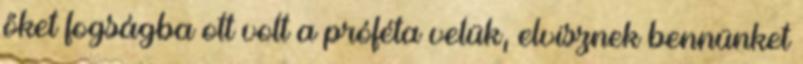
őket fogságba ott volt a próféta velük, elvisznek bennünket